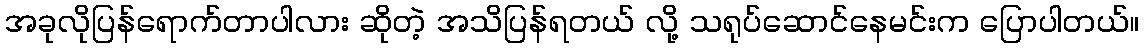
အခုလိုပြန်ရောက်တာပါလား ဆိုတဲ့ အသိပြန်ရတယ် လို့ သရုပ်ဆောင်နေမင်းက ပြောပါတယ်။